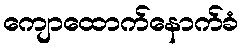
ကျောထောက်နောက်ခံ